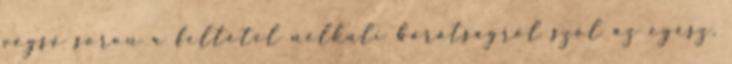
végső soron a feltétel nélküli barátságról szól az egész.